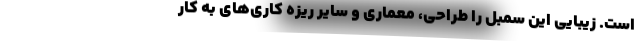
است. زیبایی این سمبل را طراحی، معماری و سایر ریزه ‌کاری‌های به کار